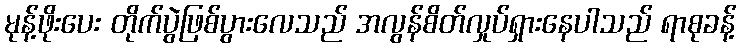
မုန့်ဖိုးပေး တိုက်ပွဲဖြစ်ပွားလေသည် အလွန်စိတ်လှုပ်ရှားနေပါသည် ရာစုခန့်